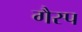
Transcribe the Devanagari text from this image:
गैस्प